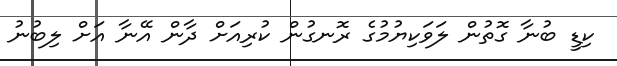
ކިޑީ ބުނާ ގޮތުން ލަވަކިޔުމުގެ ރޮނގުން ކުރިއަށް ދާން އޭނާ އަށް ލިބުނު